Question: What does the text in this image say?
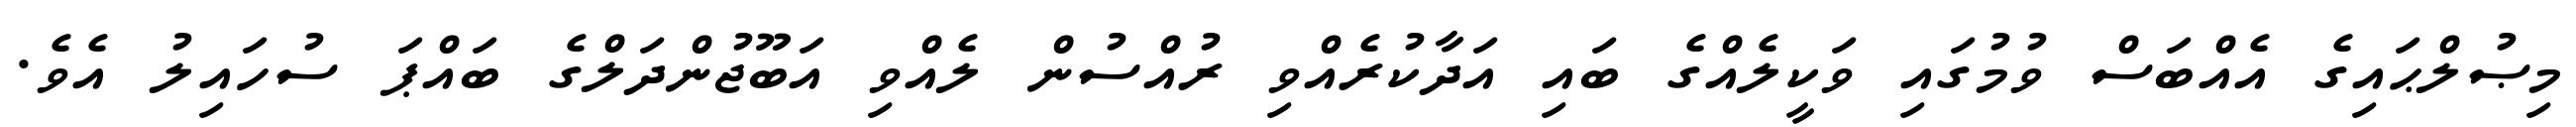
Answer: މިޞުލްޙައިގެ އެއްބަސް ވުމުގައި ވަކީލެއްގެ ބައި އަދާކުރެއްވި ރުއްސުން ލެއްވި އަބޫޖުންދަލްގެ ބައްޕަ ސުހައިލު އެވެ.